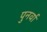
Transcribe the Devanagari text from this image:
पुनर्वा